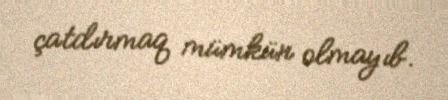
çatdırmaq mümkün olmayıb.